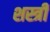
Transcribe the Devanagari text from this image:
शस्त्री